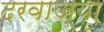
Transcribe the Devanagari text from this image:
दरवाज्या